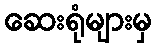
ဆေးရုံများမှ